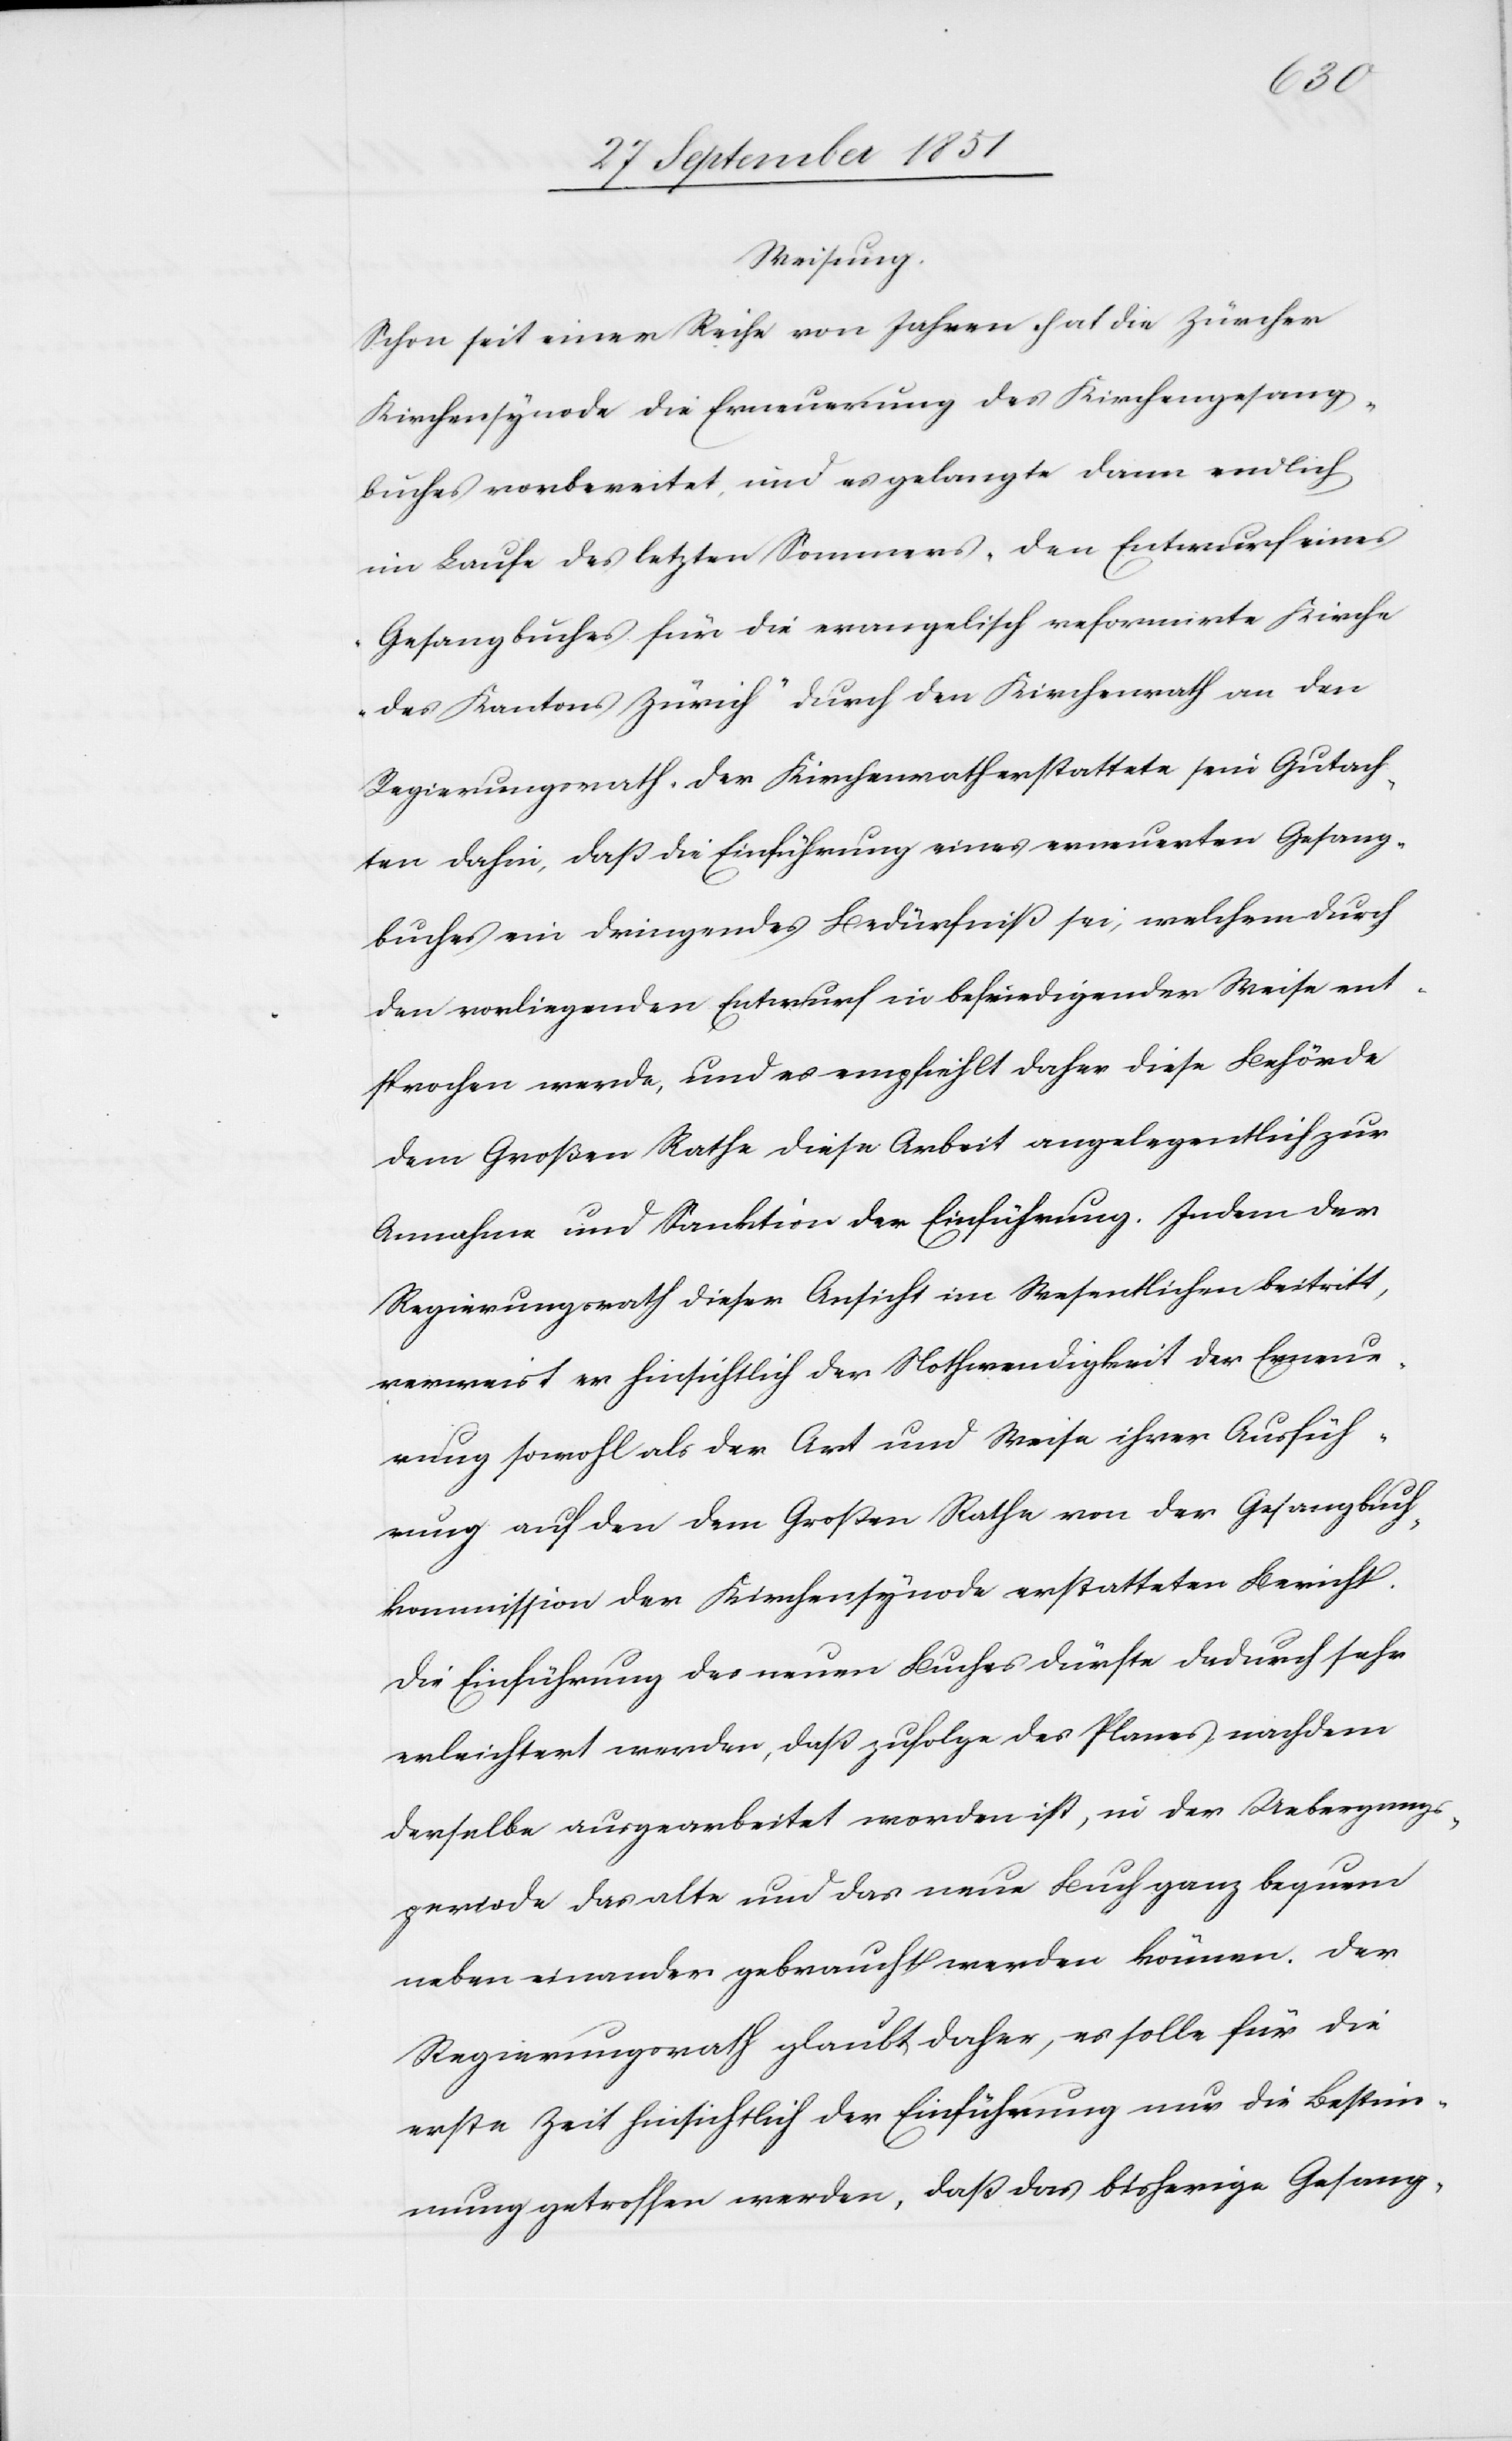
Weisung.
Schon seit einer Reihe von Jahren hat die Zürcher
Kirchensynode die Erneuerung des Kirchengesang¬
buches vorbereitet, und es gelangte dann endlich
im Laufe des letzten Sommers „den Entwurf eines
Gesangbuches für die evangelisch reformirte Kirche
des Kantons Zürich“ durch den Kirchenrath an den
Regierungsrath. Der Kirchenrath erstattete sein Gutach¬
ten dahin, daß die Einführung eines erneuerten Gesang¬
buches ein dringendes Bedürfniß sei, welchem durch
den vorliegenden Entwurf in befriedigender Weise ent¬
sprochen werde, und es empfiehlt daher diese Behörde
dem Großen Rathe diese Arbeit angelegentlich zur
Annahme und Sanktion der Einführung. Indem der
Regierungsrath dieser Ansicht im Wesentlichen beitritt,
verweist er hinsichtlich der Nothwendigkeit der Erneue¬
rung sowohl als der Art und Weise ihrer Ausfüh¬
rung auf den dem Großen Rathe von der Gesangbuch¬
kommission der Kirchensynode erstatteten Bericht.
Die Einführung des neuen Buches dürfte dadurch sehr
erleichtert werden, daß zufolge des Planes nachdem
derselbe ausgearbeitet worden ist, in der Uebergangs¬
periode das alte und das neue Buch ganz bequem
neben einander gebraucht werden können. Der
Regierungsrath glaubt daher, es solle für die
erste Zeit hinsichtlich der Einführung nur die Bestim¬
mung getroffen werden, daß das bisherige Gesang-